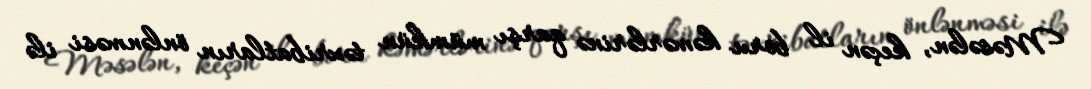
Məsələn, keçən il boru kəmərlərinə qarşı mümkün təxribatların önlənməsi ilə